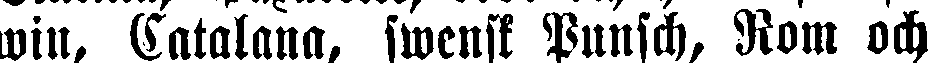
win, Catalana, swensk Punsch, Rom och